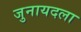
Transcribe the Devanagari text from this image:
जुनायदला